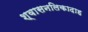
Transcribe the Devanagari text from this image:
श्वासनलिकादाह